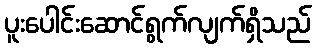
ပူးပေါင်းဆောင်ရွက်လျက်ရှိသည်